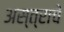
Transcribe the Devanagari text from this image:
अस्त्राचे